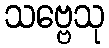
သဗ္ဗေသု